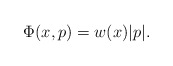
\begin{align*}\Phi(x,p)=w(x)|p|.\end{align*}